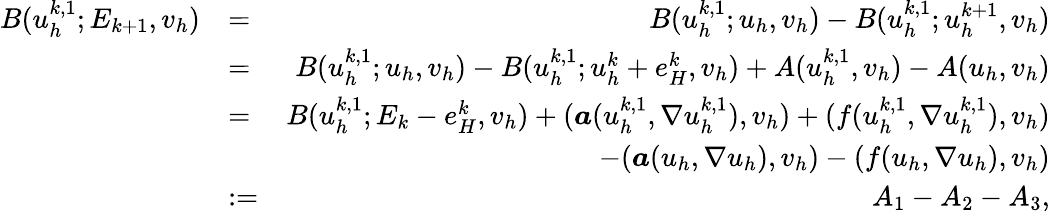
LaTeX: \begin{array}{rlr}{B(u_{h}^{k,1};E_{k+1},v_{h})}&{=}&{B(u_{h}^{k,1};u_{h},v_{h})-B(u_{h}^{k,1};u_{h}^{k+1},v_{h})}\\ &{=}&{B(u_{h}^{k,1};u_{h},v_{h})-B(u_{h}^{k,1};u_{h}^{k}+e_{H}^{k},v_{h})+A(u_{h}^{k,1},v_{h})-A(u_{h},v_{h})}\\ &{=}&{B(u_{h}^{k,1};E_{k}-e_{H}^{k},v_{h})+(\boldsymbol{a}(u_{h}^{k,1},\nabla u_{h}^{k,1}),v_{h})+(f(u_{h}^{k,1},\nabla u_{h}^{k,1}),v_{h})}\\ &{}&{-(\boldsymbol{a}(u_{h},\nabla u_{h}),v_{h})-(f(u_{h},\nabla u_{h}),v_{h})}\\ &{:=}&{A_{1}-A_{2}-A_{3},}\end{array}